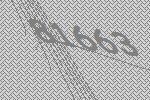
81663